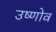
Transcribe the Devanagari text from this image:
उष्णोव